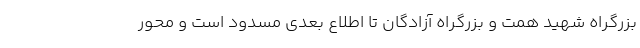
بزرگراه شهید همت و بزرگراه آزادگان تا اطلاع بعدی مسدود است و محور